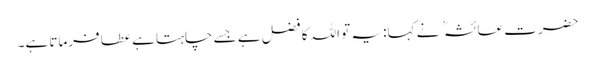
حضرت عائشہ نے کہا: یہ تو اللہ کا فضل ہے جسے چاہتا ہے عطا فرماتا ہے۔